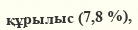
құрылыс (7,8 %),